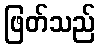
ဖြတ်သည်